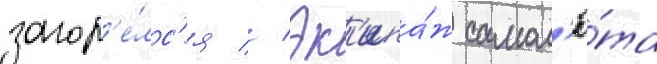
загор'е́лс'я // Эк'ипа́ж самол'ё́та